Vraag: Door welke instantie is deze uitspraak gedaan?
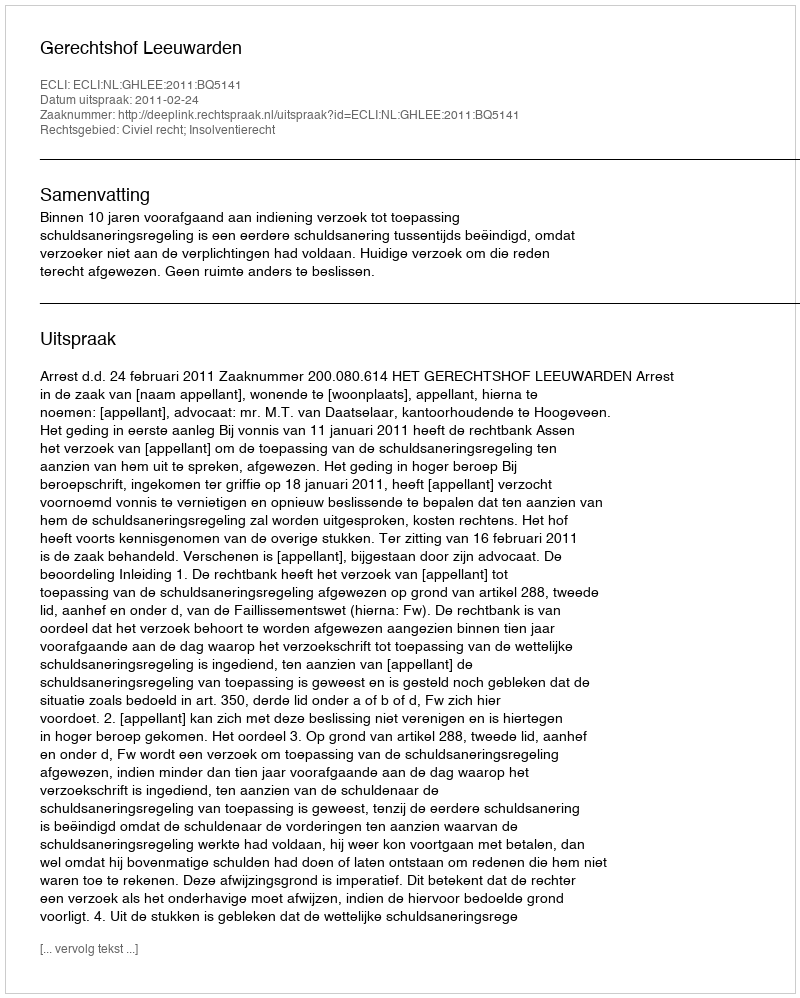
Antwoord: Gerechtshof Leeuwarden